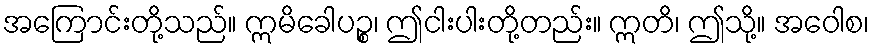
အကြောင်းတို့သည်။ ဣမိခေါပဉ္စ၊ ဤငါးပါးတို့တည်း။ ဣတိ၊ ဤသို့။ အဝေါစ၊